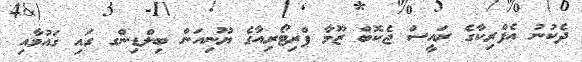
ދެކުނު އެފްރިކާގެ ރައީސް ޖެކޮބް ޒޫމާ ޕްރިޓޯރިއާގެ ޔޫނިއަން ބިލްޑިންގ ގައި ގައުމާއި